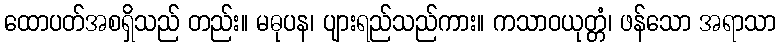
ထောပတ်အစရှိသည် တည်း။ မဓုပန၊ ပျားရည်သည်ကား။ ကသာဝယုတ္တံ၊ ဖန်သော အရာသာ